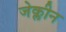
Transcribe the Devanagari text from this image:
जेक्लीन